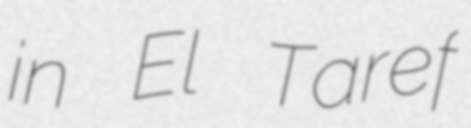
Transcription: in El Taref